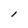
Character: l